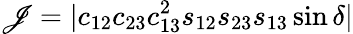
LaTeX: \mathscr{J}=|c_{12}c_{23}c_{13}^{2}s_{12}s_{23}s_{13}\sin\delta|